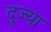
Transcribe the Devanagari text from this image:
दुज्या